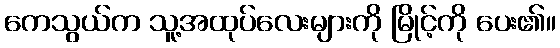
ကေသွယ်က သူ့အထုပ်လေးများကို မြိုင့်ကို ပေး၏။